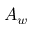
A _ { w }